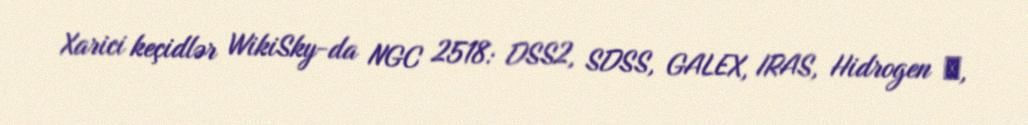
Xarici keçidlər WikiSky-da NGC 2518: DSS2, SDSS, GALEX, IRAS, Hidrogen α,